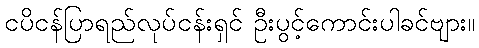
ငပိငန်ပြာရည်လုပ်ငန်းရှင် ဦးပွင့်ကောင်းပါခင်ဗျား။